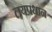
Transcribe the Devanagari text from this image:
लयप्रधान